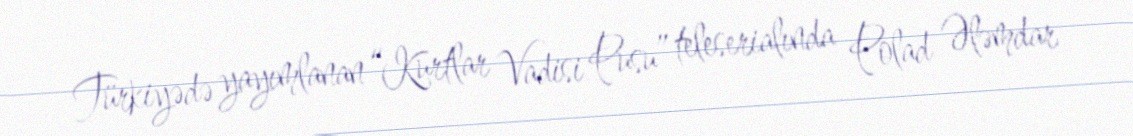
Türkiyədə yayımlanan “Kurtlar Vadisi Pusu” teleserialında Polad Ələmdar